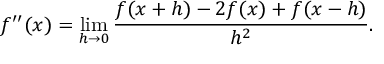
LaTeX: f ^ { \prime \prime } ( x ) = \operatorname* { l i m } _ { h \to 0 } { \frac { f ( x + h ) - 2 f ( x ) + f ( x - h ) } { h ^ { 2 } } } .